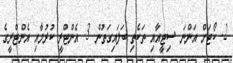
2. ކޯޓަށް އަންނަ ސިޓީއާއި ތަކެތި ބަލައިގަތުން. 3. އެންޓްރީ ކުރުމާއި އެންޓްރީގެ